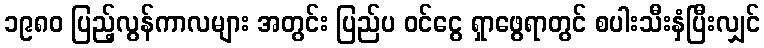
၁၉၈၀ ပြည့်လွန်ကာလများ အတွင်း ပြည်ပ ဝင်ငွေ ရှာဖွေရာတွင် စပါးသီးနှံပြီးလျှင်